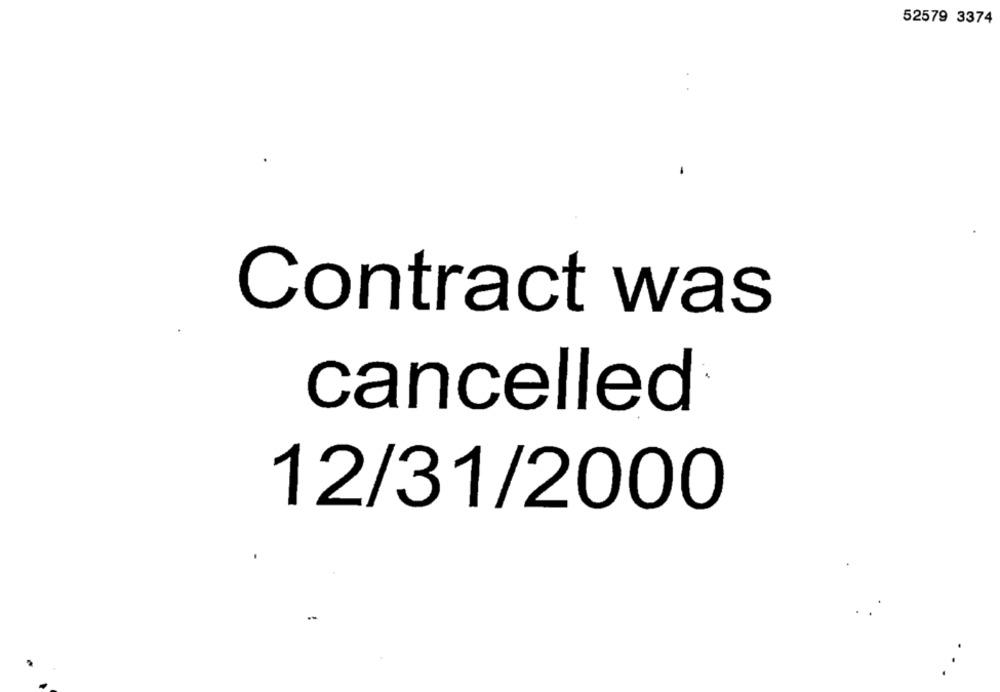
52579 3374
Contract was
cancelled
12/31/2000